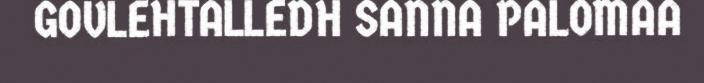
GOVLEHTALLEDH SANNA PALOMAA